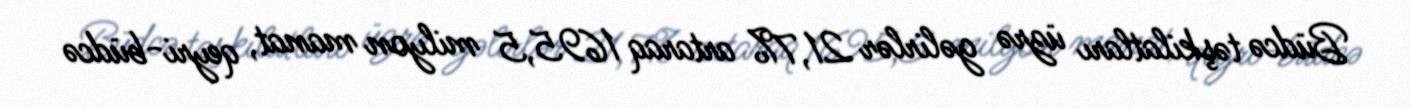
Büdcə təşkilatları üzrə gəlirlər 21,7% artaraq 1695,5 milyon manat, qeyri-büdcə